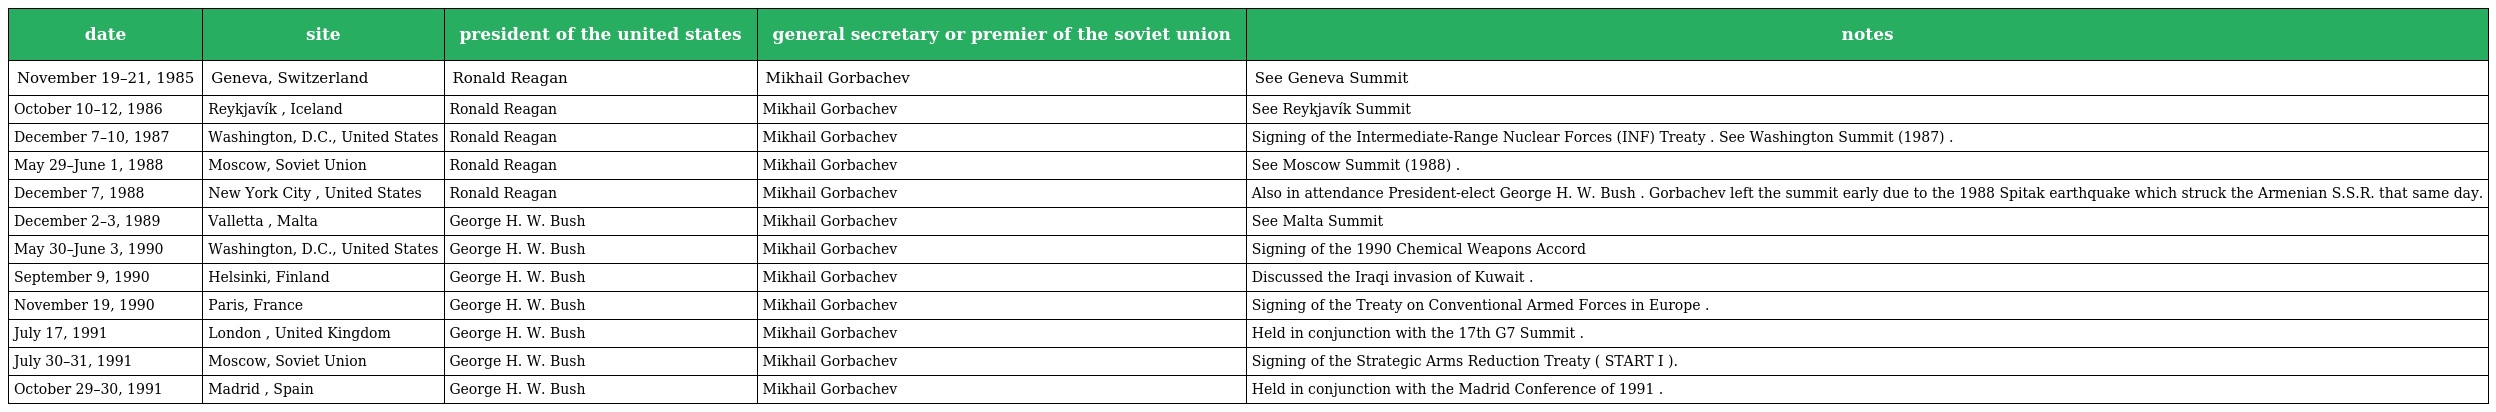
| date | site | president of the united states | general secretary or premier of the soviet union | notes |
 | --- | --- | --- | --- | --- |
 | November 19–21, 1985 | Geneva, Switzerland | Ronald Reagan | Mikhail Gorbachev | See Geneva Summit |
 | October 10–12, 1986 | Reykjavík , Iceland | Ronald Reagan | Mikhail Gorbachev | See Reykjavík Summit |
 | December 7–10, 1987 | Washington, D.C., United States | Ronald Reagan | Mikhail Gorbachev | Signing of the Intermediate-Range Nuclear Forces (INF) Treaty . See Washington Summit (1987) . |
 | May 29–June 1, 1988 | Moscow, Soviet Union | Ronald Reagan | Mikhail Gorbachev | See Moscow Summit (1988) . |
 | December 7, 1988 | New York City , United States | Ronald Reagan | Mikhail Gorbachev | Also in attendance President-elect George H. W. Bush . Gorbachev left the summit early due to the 1988 Spitak earthquake which struck the Armenian S.S.R. that same day. |
 | December 2–3, 1989 | Valletta , Malta | George H. W. Bush | Mikhail Gorbachev | See Malta Summit |
 | May 30–June 3, 1990 | Washington, D.C., United States | George H. W. Bush | Mikhail Gorbachev | Signing of the 1990 Chemical Weapons Accord |
 | September 9, 1990 | Helsinki, Finland | George H. W. Bush | Mikhail Gorbachev | Discussed the Iraqi invasion of Kuwait . |
 | November 19, 1990 | Paris, France | George H. W. Bush | Mikhail Gorbachev | Signing of the Treaty on Conventional Armed Forces in Europe . |
 | July 17, 1991 | London , United Kingdom | George H. W. Bush | Mikhail Gorbachev | Held in conjunction with the 17th G7 Summit . |
 | July 30–31, 1991 | Moscow, Soviet Union | George H. W. Bush | Mikhail Gorbachev | Signing of the Strategic Arms Reduction Treaty ( START I ). |
 | October 29–30, 1991 | Madrid , Spain | George H. W. Bush | Mikhail Gorbachev | Held in conjunction with the Madrid Conference of 1991 . |